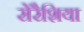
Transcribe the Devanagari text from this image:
सेरैशिया